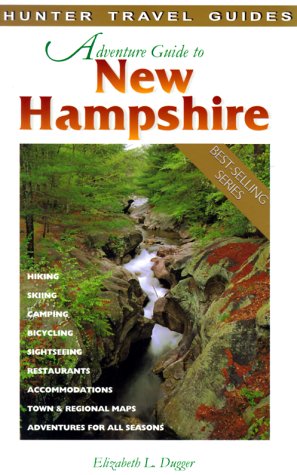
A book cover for Hunter Travel Adventures New Hampshire (Adventure Guide to New Hampshire); Elizabeth L. Dugger; Travel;